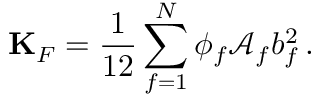
{ \bf K } _ { F } = \frac { 1 } { 1 2 } \sum _ { f = 1 } ^ { N } \phi _ { f } \mathcal { A } _ { f } b _ { f } ^ { 2 } \, .